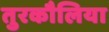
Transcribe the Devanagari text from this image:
तुरकौलिया